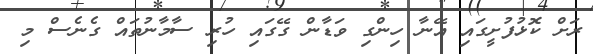
ރަށް ކޮޅުފުށީގައި އޭނާ ހިންގި ވަޑާން ގޭގައި ހުރި ސާމާނުތައް ގެނެސް މި